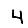
Digit: 4